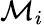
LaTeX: \mathcal{M}_{i}